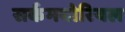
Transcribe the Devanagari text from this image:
सर्कमबोरियल